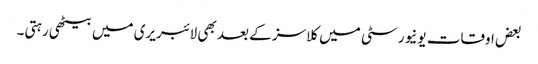
بعض اوقات یونیورسٹی میں کلاسز کے بعد بھی لائبریری میں بیٹھی رہتی۔